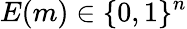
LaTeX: E(m)\in\{ 0,1\} ^{n}